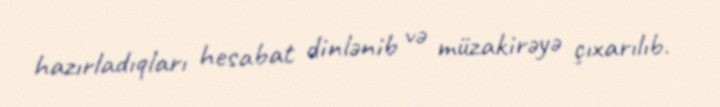
hazırladıqları hesabat dinlənib və müzakirəyə çıxarılıb.